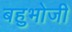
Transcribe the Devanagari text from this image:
बहुभोजी